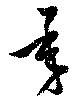
承